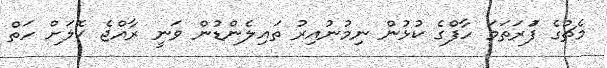
މެޗުގެ ފުަރަތަމަ ހާފްގެ ކުޅުން ނިމުނުއިރު ތައިލެންޑުން ވަނީ ރާއްޖެ ކޮލަށް ހަތް